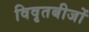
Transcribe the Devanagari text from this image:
विवृतबीजों